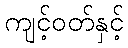
ကျင့်ဝတ်နှင့်